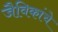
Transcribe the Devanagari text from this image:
जैविकांचे